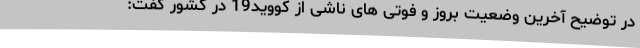
در توضیح آخرین وضعیت بروز و فوتی های ناشی از کووید19 در کشور گفت: